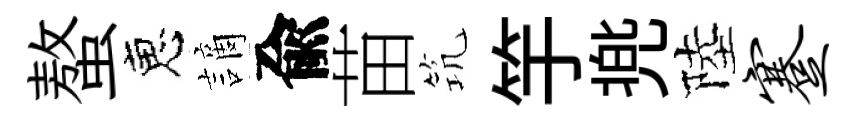
螯恵謫兪苗𥬑竽兠陸蹇